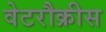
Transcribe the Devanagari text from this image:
वेटरौक्रीस